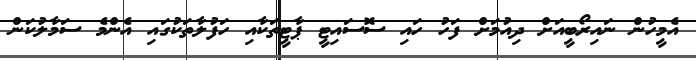
އެމީހުން ނައިރޯބީއަށް ދިއުމަށް ފަހު ހައި ސޮސައިޓީ ޕާޓީތަކާއި ހަފުލާތަކުގައި އެންމެ ސަމާލުކަން